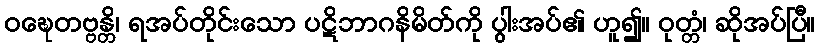
ဝဍ္ဎေတဗ္ဗန္တိ၊ ရအပ်တိုင်းသော ပဋိဘာဂနိမိတ်ကို ပွါးအပ်၏ ဟူ၍။ ဝုတ္တံ၊ ဆိုအပ်ပြီ။